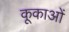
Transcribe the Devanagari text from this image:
कूकाओं